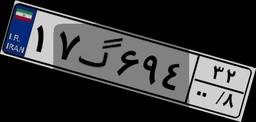
۱۷گ۶۹۴۳۲